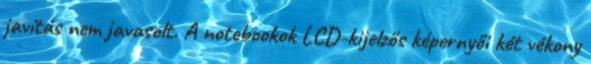
javítás nem javasolt. A notebookok LCD-kijelzős képernyői két vékony